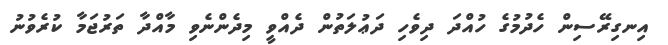
އިނގިރޭސިން ހެދުމުގެ ހުއްދަ ދިވެހި ދަޢުލަތުން ދެއްވީ މިދެންނެވި މާއްދާ ތަރުޖަމާ ކުރެވުނު